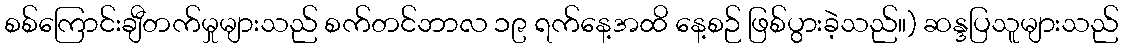
စစ်ကြောင်းချီတက်မှုများသည် စက်တင်ဘာလ ၁၉ ရက်နေ့အထိ နေ့စဉ် ဖြစ်ပွားခဲ့သည်။) ဆန္ဒပြသူများသည်